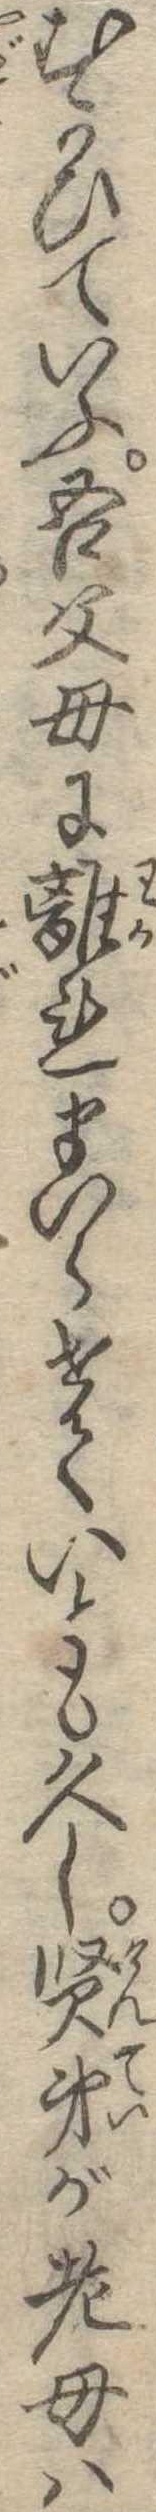
むかひていふ吾父母に離れまいらせくいとも久し賢弟が老母は